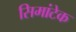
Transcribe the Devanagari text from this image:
सिमांटेक